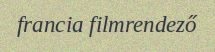
francia filmrendező